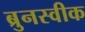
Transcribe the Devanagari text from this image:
ब्रुनस्वीक